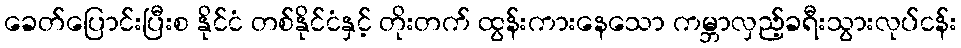
ခေတ်ပြောင်းပြီးစ နိုင်ငံ တစ်နိုင်ငံနှင့် တိုးတက် ထွန်းကားနေသော ကမ္ဘာလှည့်ခရီးသွားလုပ်ငန်း